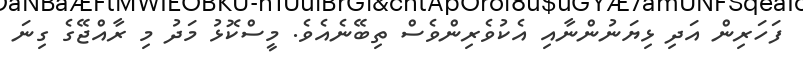
ފަހަރިން އަދި ޅިޔަނުންނާއި އެކުވެރިންވެސް ތިބޭނެއެވެ. މީސްކޮޅު މަދު މި ރާއްޖޭގެ ގިނަ